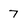
Character: 7